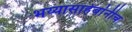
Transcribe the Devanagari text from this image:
भय्यासाहेबांनीच